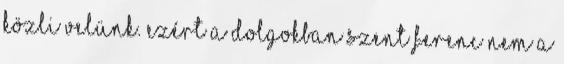
közli velünk. Ezért a dolgokban Szent Ferenc nem a